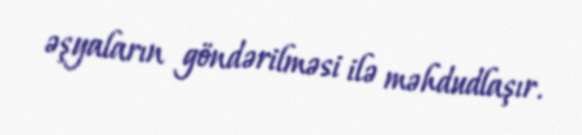
əşyaların göndərilməsi ilə məhdudlaşır.